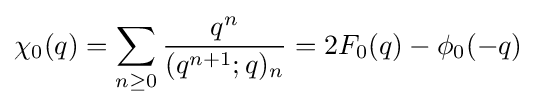
\chi _{0}(q)=\sum _{n\geq 0}{\frac {q^{n}}{(q^{n+1};q)_{n}}}=2F_{0}(q)-\phi _{0}(-q)